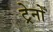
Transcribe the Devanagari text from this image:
ट्रेनोँ